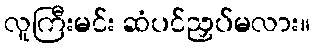
လူကြီးမင်း ဆံပင်ညှပ်မလား။